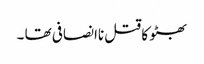
بھٹو کا قتل ناانصافی تھا ۔